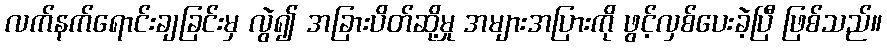
လက်နက်ရောင်းချခြင်းမှ လွဲ၍ အခြားပိတ်ဆို့မှု အများအပြားကို ဖွင့်လှစ်ပေးခဲ့ပြီ ဖြစ်သည်။